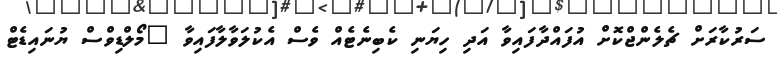
ސަރުކާރަށް ޗެލެންޖްކޮށް އުފައްދާފައިވާ އަދި ހިޔަނި ކެބިނެޓެއް ވެސް އެކުލަވާލާފައިވާ "މޯލްޑިވްސް ޔުނައިޑެޓް